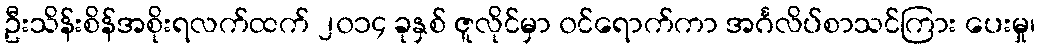
ဦးသိန်းစိန်အစိုးရလက်ထက် ၂၀၁၄ ခုနှစ် ဇူလိုင်မှာ ၀င်ရောက်ကာ အင်္ဂလိပ်စာသင်ကြား ပေးမှု၊